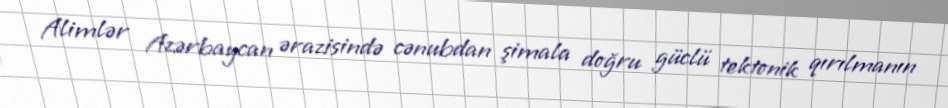
Alimlər Azərbaycan ərazisində cənubdan şimala doğru güclü tektonik qırılmanın